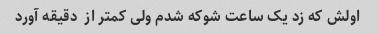
اولش که زد یک ساعت شوکه شدم ولی کمتر از  دقیقه آورد